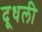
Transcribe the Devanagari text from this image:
दूधली